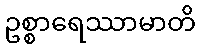
ဥစ္စာရေဿာမာတိ